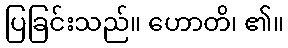
ပြခြင်းသည်။ ဟောတိ၊ ၏။